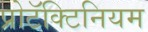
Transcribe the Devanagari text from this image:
प्रोटॅक्टिनियम